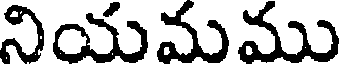
నియమము